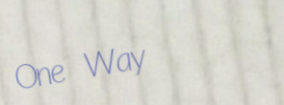
One Way